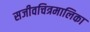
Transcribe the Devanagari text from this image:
सजीवचित्रमालिका